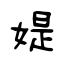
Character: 媞